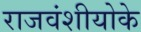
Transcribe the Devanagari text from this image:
राजवंशीयोके